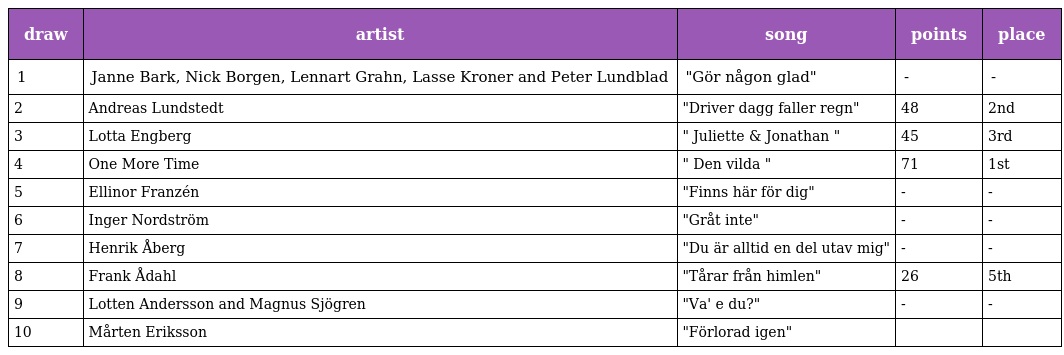
| draw | artist | song | points | place |
 | --- | --- | --- | --- | --- |
 | 1 | Janne Bark, Nick Borgen, Lennart Grahn, Lasse Kroner and Peter Lundblad | "Gör någon glad" | - | - |
 | 2 | Andreas Lundstedt | "Driver dagg faller regn" | 48 | 2nd |
 | 3 | Lotta Engberg | " Juliette & Jonathan " | 45 | 3rd |
 | 4 | One More Time | " Den vilda " | 71 | 1st |
 | 5 | Ellinor Franzén | "Finns här för dig" | - | - |
 | 6 | Inger Nordström | "Gråt inte" | - | - |
 | 7 | Henrik Åberg | "Du är alltid en del utav mig" | - | - |
 | 8 | Frank Ådahl | "Tårar från himlen" | 26 | 5th |
 | 9 | Lotten Andersson and Magnus Sjögren | "Va' e du?" | - | - |
 | 10 | Mårten Eriksson | "Förlorad igen" |  |  |